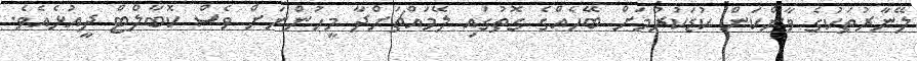
ލޭނާރުތަކުގެ ވާންކަން ކުޑަކުރުމަށް ބޭހެއްގެ ގޮތުގައި ލޭމައްޗަށްދާ މީހުންނަށް ވެސް ކޮބާލްޓް ދީއުޅެއެވެ.